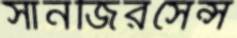
সানজিরসেন্স